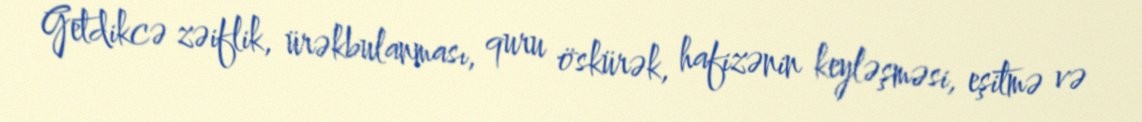
Getdikcə zəiflik, ürəkbulanması, quru öskürək, hafizənin keyləşməsi, eşitmə və